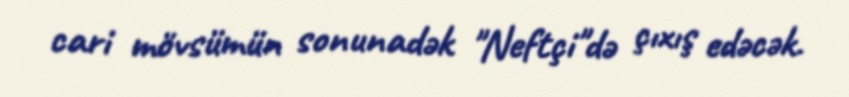
cari mövsümün sonunadək "Neftçi"də çıxış edəcək.